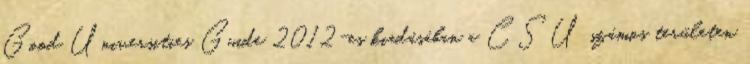
Good Universities Guide 2012-es kiadásában a CSU számos területen